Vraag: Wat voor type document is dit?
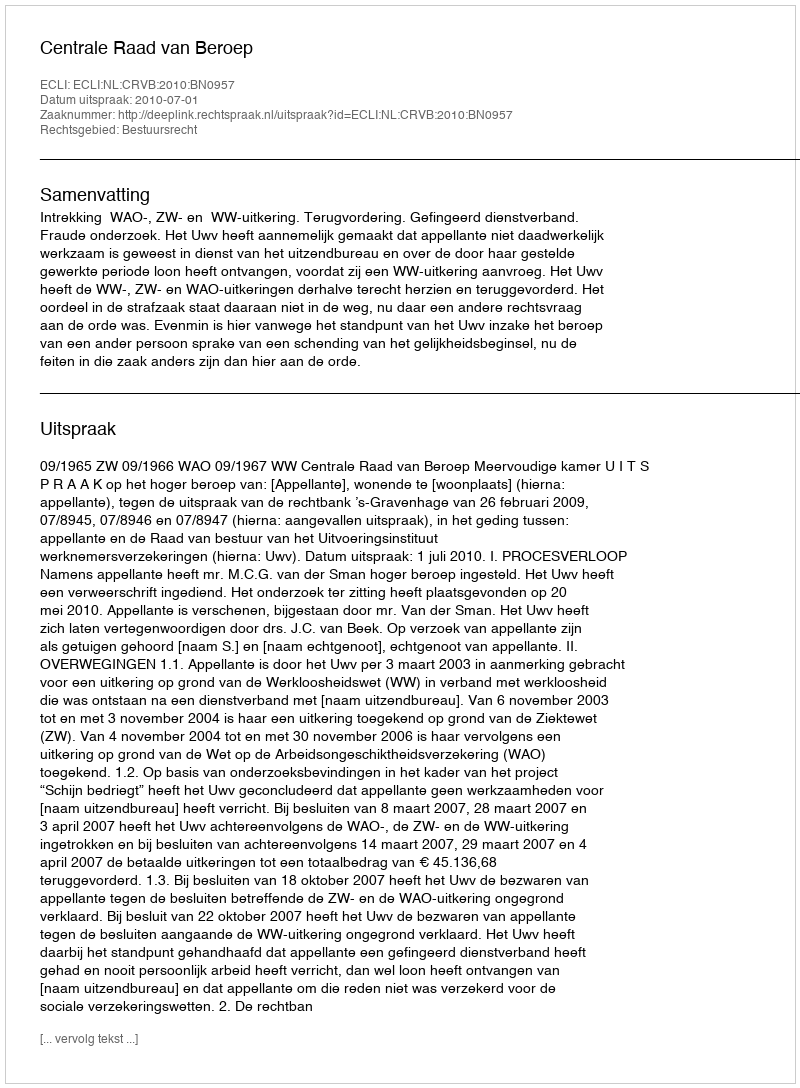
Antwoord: Uitspraak